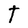
Character: t